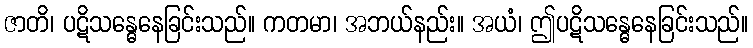
ဇာတိ၊ ပဋိသန္ဓေနေခြင်းသည်။ ကတမာ၊ အဘယ်နည်း။ အယံ၊ ဤပဋိသန္ဓေနေခြင်းသည်။